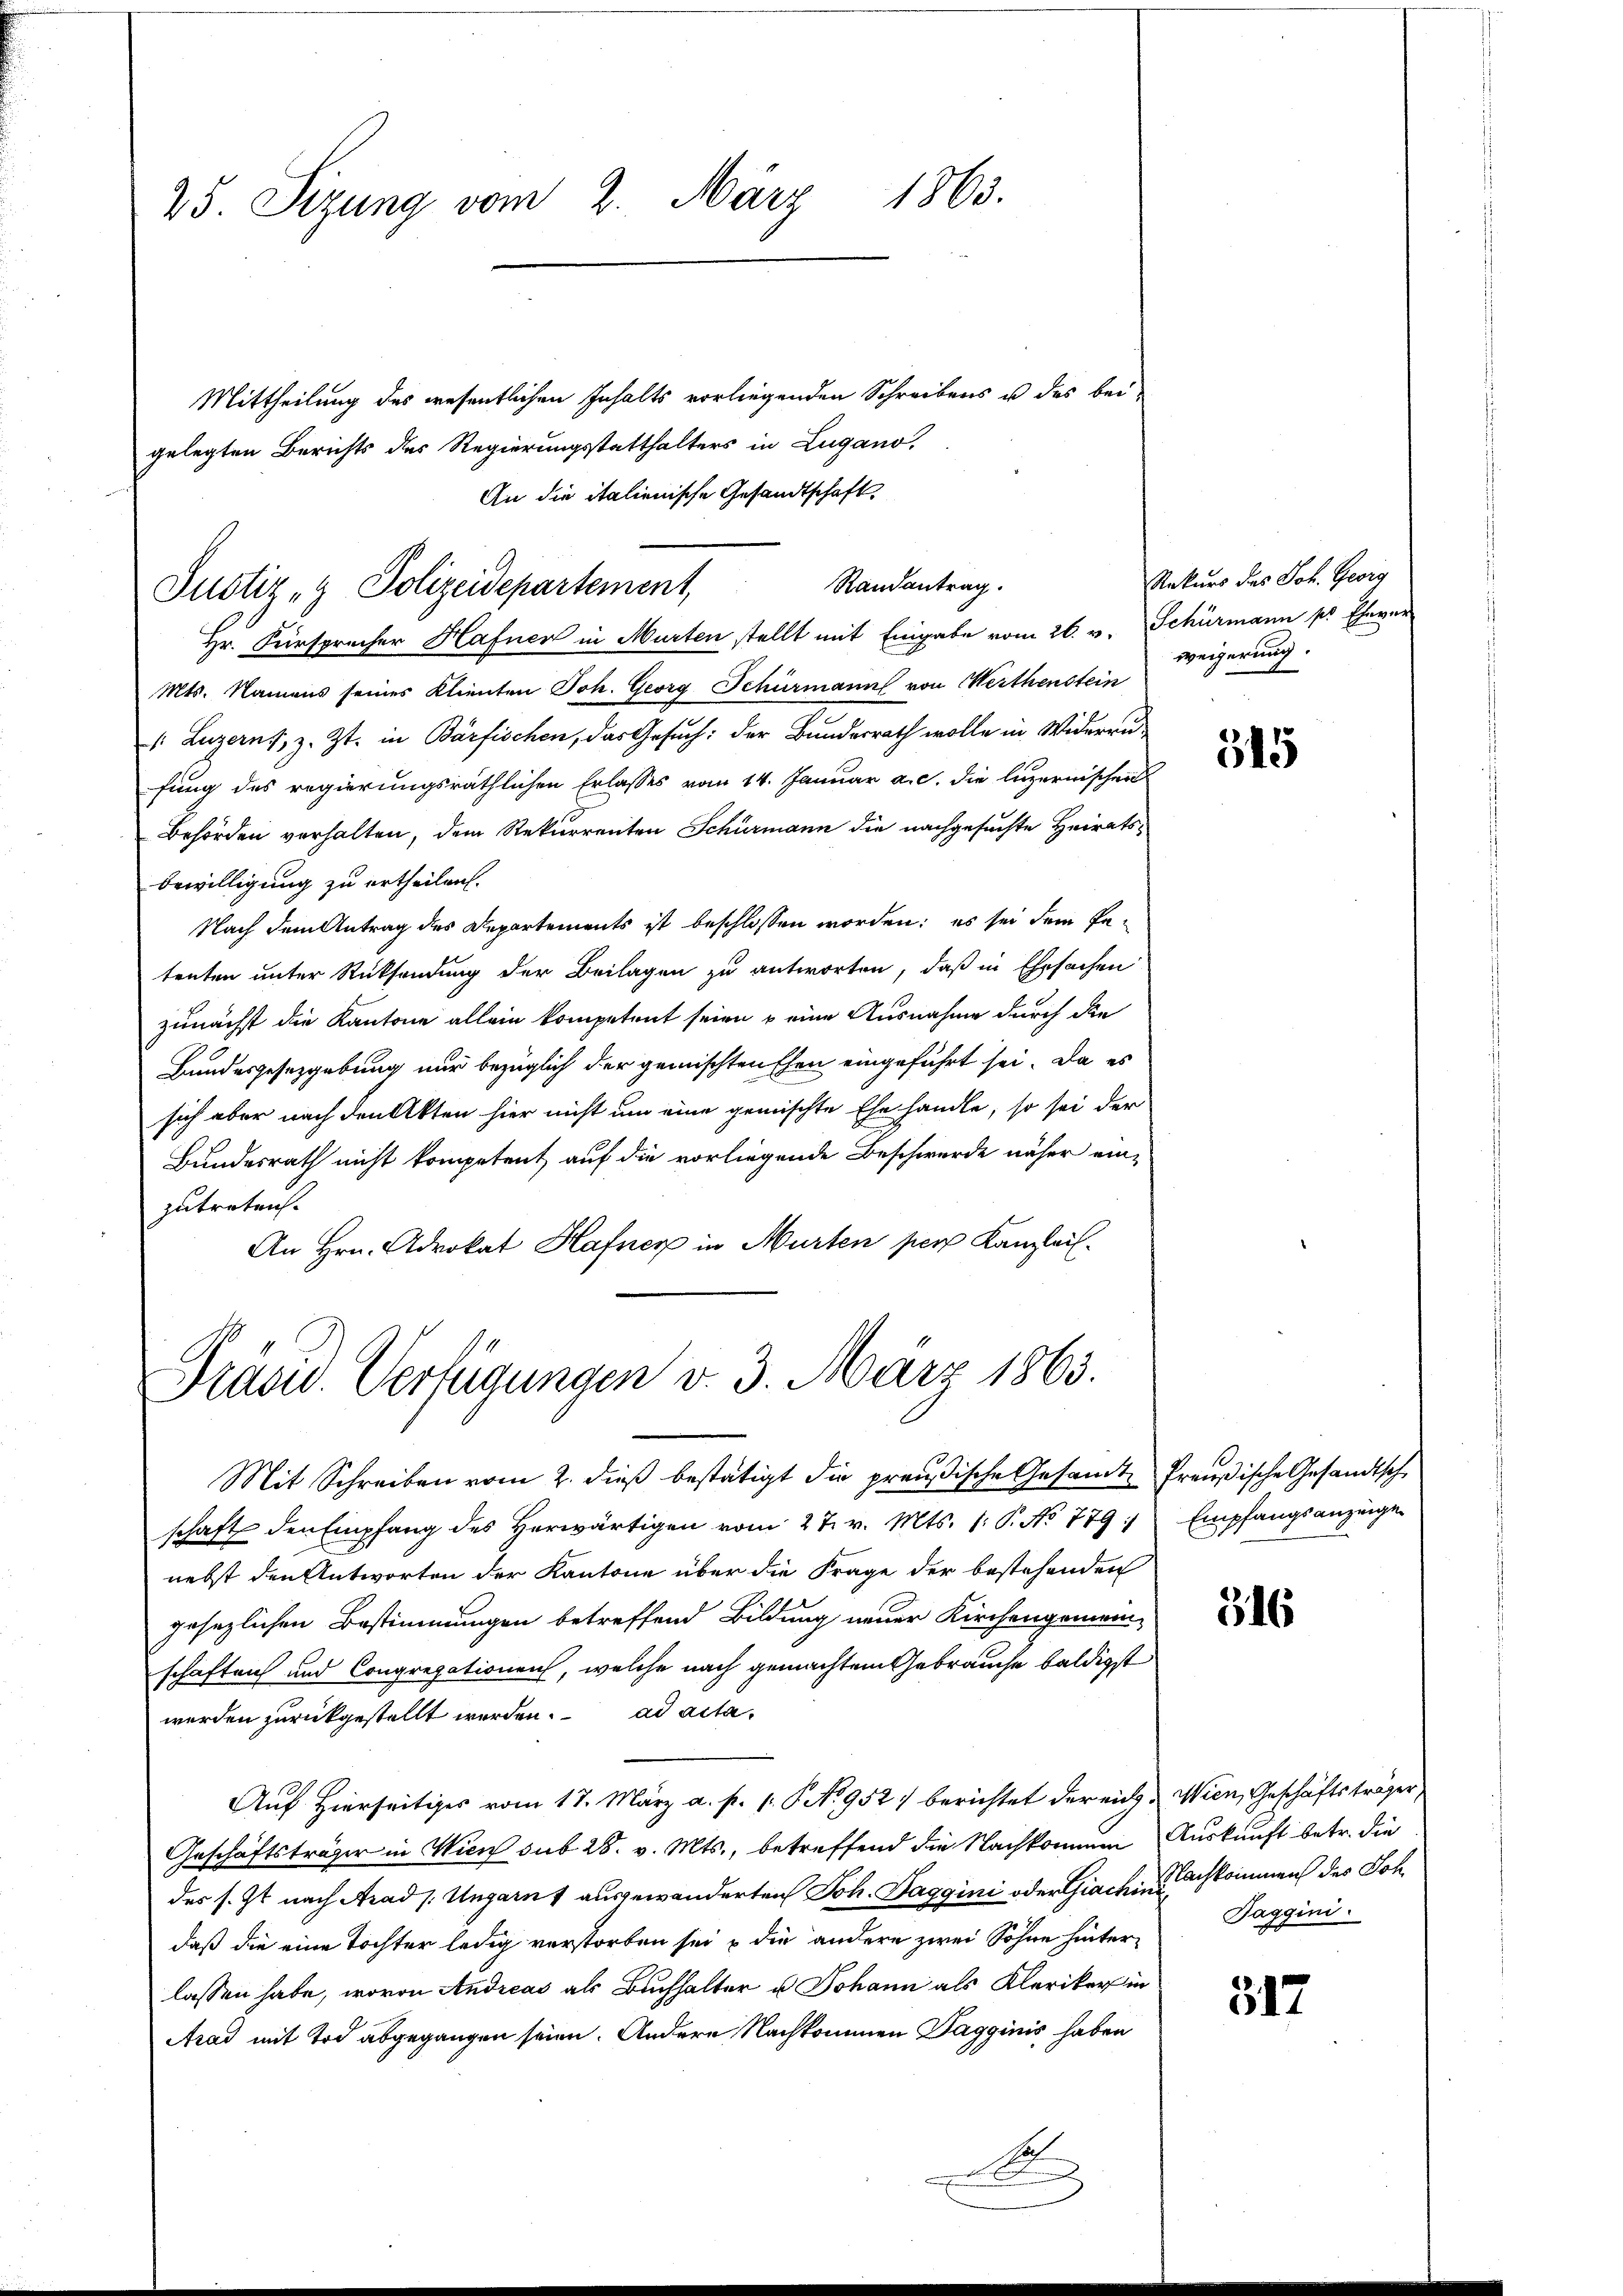
25. Sizung vom 2. März 1863.

Justiz- & Polizeidepartement,

Mittheilung des wesentlichen Inhalts vorliegenden Schreibens u des bei-
gelegten Berichts der Regierungsstatthalters in Lugano,
An die italienische Gesandtschaft,
Hr. Fürsprecher Hafner in Murten stellt mit Eingabe vom 26. v. Schürmann pr Ehever-
Mts. Namens seines Klienten Joh. Georg Schürmann von Werthenstein
 Luzerns, z. Zt. in Bärfischen, das Gesuch: der Bundesrath wolle in Widerrufung des regierungsräthlichen Erlasses vom 14. Januar a. c. die luzernischen
Behörden verhalten, dem Rekurrenten Schurmann die nachgesuchte Heiratsbewilligung zu ertheilen.
Nach dem Antrag des Departements ist beschlossen worden; es sei dem Petenten unter Rücksendung der Beilagen zu antworten, daß in Ehrsachen
zunächst die Kantone allein kompetent seien u eine Ausnahme durch die
Bundesgesetzgebung nur bezüglich der gemischten Ehen eingeführt sei. Da es
sich aber nach den Akten hier nicht um eine gemischte Ehe handle, so sei der
Bundesrath nicht kompetent auf die vorliegende Beschwerde näher einzutreten.
An Hrn. Advokat Hafner in Murten pers Kanzlei-

Randantrag.

Dras. Verfügungen v. 3. März 1863.

Mit Schreiben vom 2. dieß bestätigt die preußische Gesandte Preußische Gesandtsche
schaft den Empfang des Herwärtigen vom 27. v. Mts. 1. P. No 779/
nebst den Antworten der Kantone über die Frage der bestehenden
gesezlichen Bestimmungen betreffend Bildung neuer Kirchengemein-
schaften und Congregationen, welche nach gemachtem Gebrauche baldigst
werden zurückgestellt werden. ad acta¬
Auf Hierseitiges vom 17. März a. p. 1. No 952 berichtet der eich. Wien, Geschäftsträger,
Geschäftsträger in Wien sub 28. v. Mts., betreffend die Nachkommen Auskunft betr. die
des s. Zt. nach Arad /: Ungarns ausgewanderten Joh. Taggini oder Giachin nachkommen des Joh
daß die eine Tochter ledig verstorben sei & die andere zwei Söhne hinterlassen habe, wovon Andreas als Buchhalter u Johann als Kleriker in
Arad mit Tod abgegangen seien. Andere Nachkommen Tagginis haben
A

Rekurs des Joh. Georg
weigerung.

515

Empfangsanzeige

316

Jaggini.

517